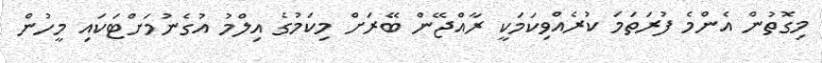
މިގޮތުން އެންމެ ފުރަތަމަ ކުރެއްވިކަމަކީ ރާއްޖޭން ބޭރަށް މިކަމުގެ އިލްމު އުގެނުމަށްޓަކައި މީހުން